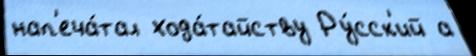
нап'еча́тал хода́тайству Ру́сск'ий а